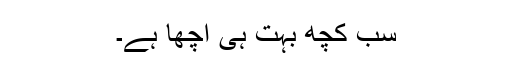
سب کچھ بہت ہی اچھا ہے۔